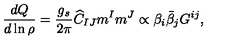
{ \frac { d { Q } } { d \ln { \rho } } } = { \frac { g _ { s } } { 2 \pi } } { \widehat C _ { I J } m ^ { I } m ^ { J } } \propto { \beta _ { i } \bar { \beta } _ { j } G ^ { i j } } ,